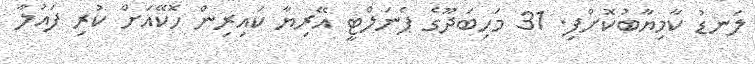
ލަނޑު ކާމިޔާބުކޮށްފި. 31 މަހިބަދޫގެ ޕެނަލްޓީ އޭރިޔާ ކައިރިން ހޮކޭއަށް ކުރި ފައުލާ